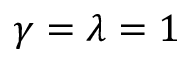
\gamma = \lambda = 1